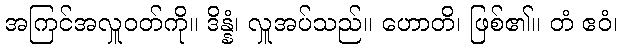
အကြင်အလှူဝတ်ကို။ ဒိန္နံ၊ လှူအပ်သည်။ ဟောတိ၊ ဖြစ်၏။ တံ ဧဝံ၊